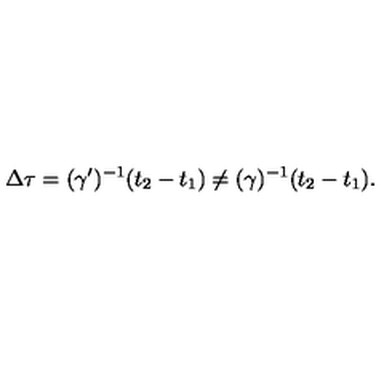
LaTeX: \Delta \tau = ( \gamma ^ { \prime } ) ^ { - 1 } ( t _ { 2 } - t _ { 1 } ) \neq ( \gamma ) ^ { - 1 } ( t _ { 2 } - t _ { 1 } ) .